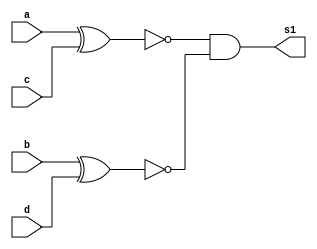
/*
-------------------------------------
PUC-Minas - Cincia da Computao 
ARQ1  Extra01
Entrega: 30/09/2011
Mateus Augusto Moraes Ferreira   Matricula:435669
------------------------------------- 
Atividade: Correao Prova de ARQ1 
------------------------------------------------
k.) montar a descrio por expresso no Verilog
do mdulo capaz de calcular s1 pela expresso em (h)
------------------------------------------------
*/

module LetraK (output s1, input a, input b,
               input c, input d);


wire w1,w2;

xnor xnor1 (w1,a,c);
xnor xnor2 (w2,b,d);
and  and1  (s1,w1,w2);


endmodule//LetraJ

module LetraK_Test;

reg a,b,c,d;
wire s1;

LetraK teste1 (s1,a,b,c,d);

initial begin
$display("Correcao Prova ARQ1 - Letra k.)");
$display("Mateus Augusto Moraes Ferreira Matricula:435669");
$display("ab/cd  s1");
a=0; b=0; c=0; d=0;//--0
$monitor("%b%b %b%b  %b",a,b,c,d,s1);
#1 a=0; b=0; c=0; d=1;//--1
#1 a=0; b=0; c=1; d=0;//--2
#1 a=0; b=0; c=1; d=1;//--3
#1 a=0; b=1; c=0; d=0;//--4
#1 a=0; b=1; c=0; d=1;//--5
#1 a=0; b=1; c=1; d=0;//--6
#1 a=0; b=1; c=1; d=1;//--7
#1 a=1; b=0; c=0; d=0;//--8
#1 a=1; b=0; c=0; d=1;//--9
#1 a=1; b=0; c=1; d=0;//--10
#1 a=1; b=0; c=1; d=1;//--11
#1 a=1; b=1; c=0; d=0;//--12
#1 a=1; b=1; c=0; d=1;//--13
#1 a=1; b=1; c=1; d=0;//--14
#1 a=1; b=1; c=1; d=1;//--15

end
endmodule//LetraK_Test